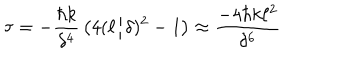
LaTeX: \tau = - { \frac { \hbar k } { \delta ^ { 4 } } } \left( 4 ( \ell / \delta ) ^ { 2 } - 1 \right) \approx { \frac { - 4 \hbar k \ell ^ { 2 } } { \delta ^ { 6 } } }